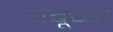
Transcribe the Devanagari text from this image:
चंबूच्या